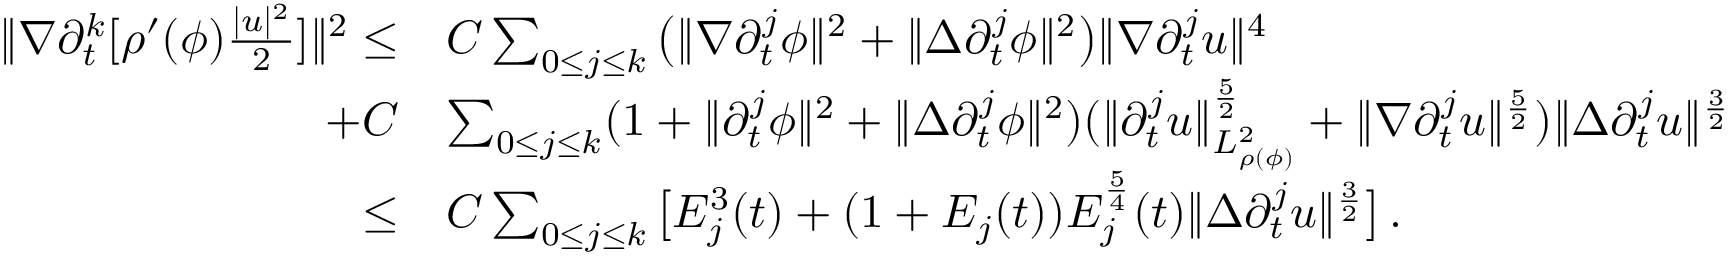
\begin{array} { r l } { \| \nabla \partial _ { t } ^ { k } [ \rho ^ { \prime } ( \phi ) \frac { | u | ^ { 2 } } { 2 } ] \| ^ { 2 } \leq } & { C \sum _ { 0 \leq j \leq k } \big ( \| \nabla \partial _ { t } ^ { j } \phi \| ^ { 2 } + \| \Delta \partial _ { t } ^ { j } \phi \| ^ { 2 } \big ) \| \nabla \partial _ { t } ^ { j } u \| ^ { 4 } } \\ { + C } & { \sum _ { 0 \leq j \leq k } ( 1 + \| \partial _ { t } ^ { j } \phi \| ^ { 2 } + \| \Delta \partial _ { t } ^ { j } \phi \| ^ { 2 } ) ( \| \partial _ { t } ^ { j } u \| _ { L _ { \rho ( \phi ) } ^ { 2 } } ^ { \frac { 5 } { 2 } } + \| \nabla \partial _ { t } ^ { j } u \| ^ { \frac { 5 } { 2 } } ) \| \Delta \partial _ { t } ^ { j } u \| ^ { \frac { 3 } { 2 } } } \\ { \leq } & { C \sum _ { 0 \leq j \leq k } \big [ E _ { j } ^ { 3 } ( t ) + ( 1 + E _ { j } ( t ) ) E _ { j } ^ { \frac { 5 } { 4 } } ( t ) \| \Delta \partial _ { t } ^ { j } u \| ^ { \frac { 3 } { 2 } } \big ] \, . } \end{array}